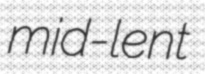
mid-lent